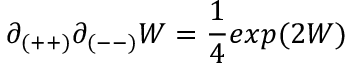
\partial _ { ( + + ) } \partial _ { ( -- ) } W = { \frac { 1 } { 4 } } e x p ( 2 W )